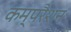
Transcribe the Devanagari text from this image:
कम्परैशन